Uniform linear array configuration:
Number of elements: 16
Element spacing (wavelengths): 0.75
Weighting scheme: uniform
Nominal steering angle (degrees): -15
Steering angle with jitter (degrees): -16.201
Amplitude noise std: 0.05
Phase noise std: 0.05

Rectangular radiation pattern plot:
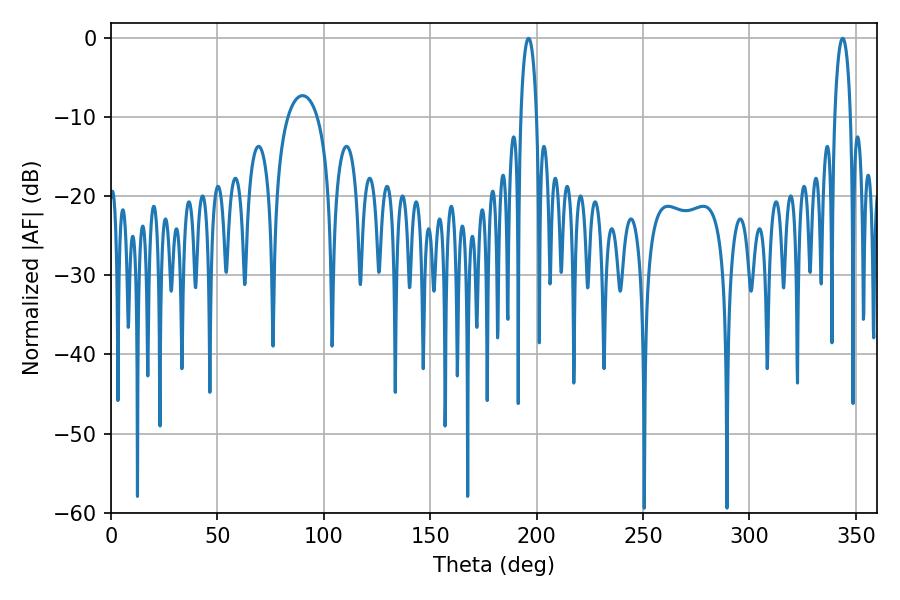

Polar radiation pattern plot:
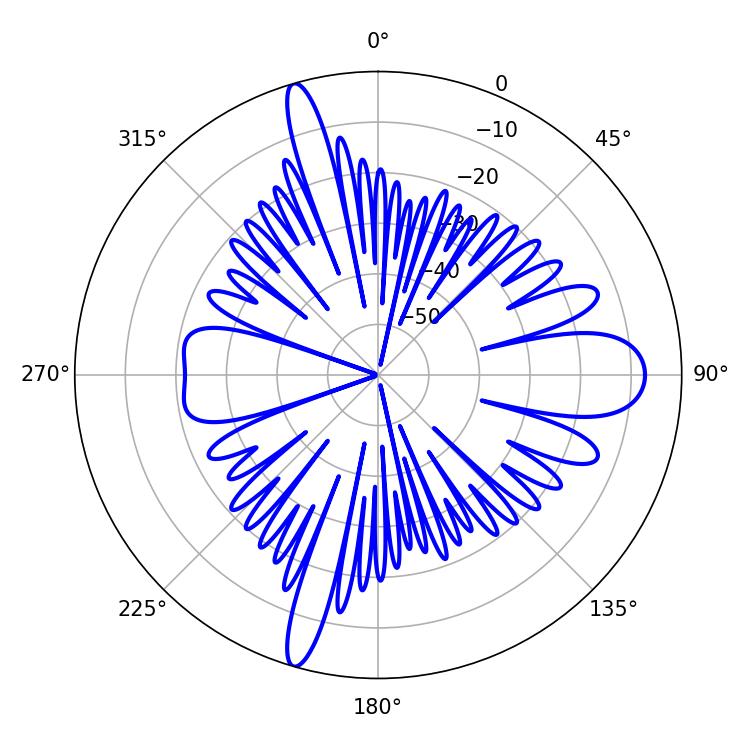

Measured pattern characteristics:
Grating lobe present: TRUE
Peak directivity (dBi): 24.211
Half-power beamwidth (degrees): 4.32
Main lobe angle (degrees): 196.2